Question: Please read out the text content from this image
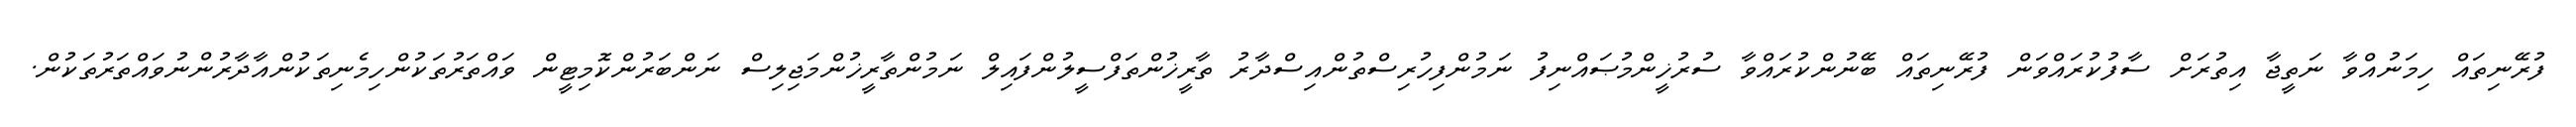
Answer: ފުރޭނިތައް ހިމަނުއްވާ ނަތީޖާ އިތުރަށް ސާފުކުރައްވަން ފުރޭނިތައް ބޭނުންކުރައްވާ ސުރުޚީންމުޞައްނިފު ނަމުންފިހުރިސްތުންއިސްދާރު ތާރީޚުންތަފްސީލުންފައިލް ނަމުންތާރީޚުންމަޖިލިސް ނަންބަރުންކޮމިޓީން ވައްތަރުތަކުންހިމެނިތަކުންއާދާރުންނުވައްތަރުތަކުން.